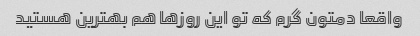
واقعا دمتون گرم که تو این روزها هم بهترین هستید